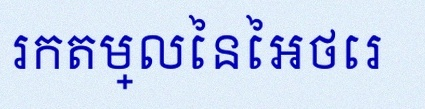
រកតម្លៃនៃអថេរ